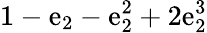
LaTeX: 1-\mathrm{e}_{2}-\mathrm{e}_{2}^{2}+2\mathrm{e}_{2}^{3}